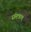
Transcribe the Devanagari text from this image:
संमत्रण